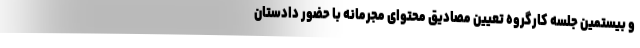
و بیستمین جلسه کارگروه تعیین مصادیق محتوای مجرمانه با حضور دادستان